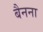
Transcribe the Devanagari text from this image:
बैनना